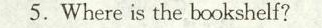
5.Where is the bookshelf?